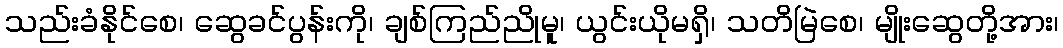
သည်းခံနိုင်စေ၊ ဆွေခင်ပွန်းကို၊ ချစ်ကြည်ညိုမူ၊ ယွင်းယိုမရှိ၊ သတိမြဲစေ၊ မျိုးဆွေတို့အား၊